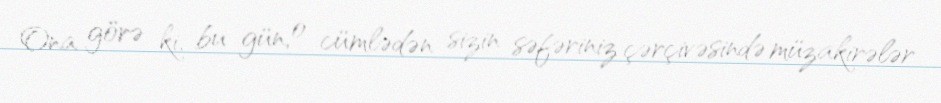
Ona görə ki, bu gün, o cümlədən sizin səfəriniz çərçivəsində müzakirələr